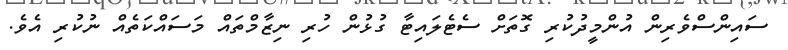
ސައިންސްވެރިން އުންމީދުކުރި ގޮތަށް ސެޓެލައިޓާ ގުޅުން ހުރި ނިޒާމްތައް މަސައްކަތެއް ނުކުރި އެވެ.